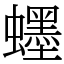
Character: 䘃